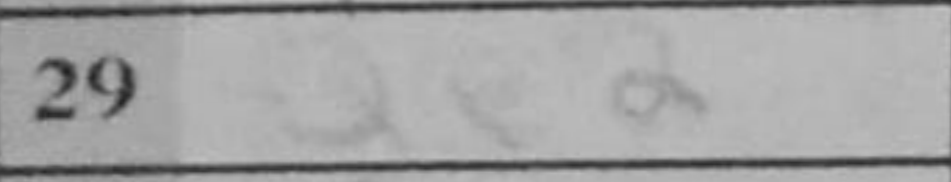
Transcription: Qe2